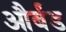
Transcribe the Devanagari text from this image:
और्बंड